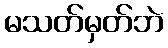
မသတ်မှတ်ဘဲ